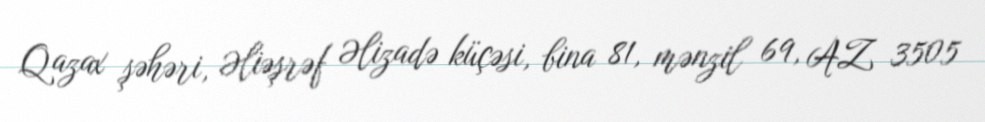
Qazax şəhəri, Əliəşrəf Əlizadə küçəsi, bina 81, mənzil 69, AZ 3505